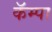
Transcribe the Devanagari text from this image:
कॅम्पा